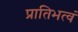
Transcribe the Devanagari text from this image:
प्रातिभत्वं